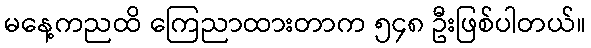
မနေ့ကညထိ ကြေညာထားတာက ၅၄၈ ဦးဖြစ်ပါတယ်။